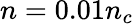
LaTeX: n=0.01n_{c}